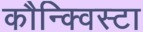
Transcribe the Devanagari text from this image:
कौन्क्विस्टा